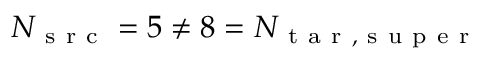
N _ { \mathrm { ~ s ~ r ~ c ~ } } = 5 \neq 8 = N _ { \mathrm { ~ t ~ a ~ r ~ , ~ s ~ u ~ p ~ e ~ r ~ } }